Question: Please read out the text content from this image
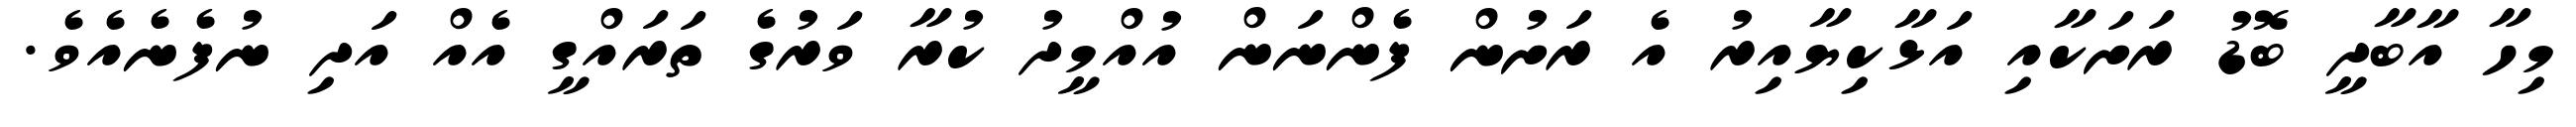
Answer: މިހާ އާބާދީ ބޮޑު ރަށަކާއި އަޅާކިޔާއިރު އެ ރަށުން ފެންނަން އުއްމީދު ކުރާ ވަރުގެ ތަރައްގީ އެއް އަދި ނުފެނެއެވެ.